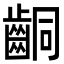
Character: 𪘍